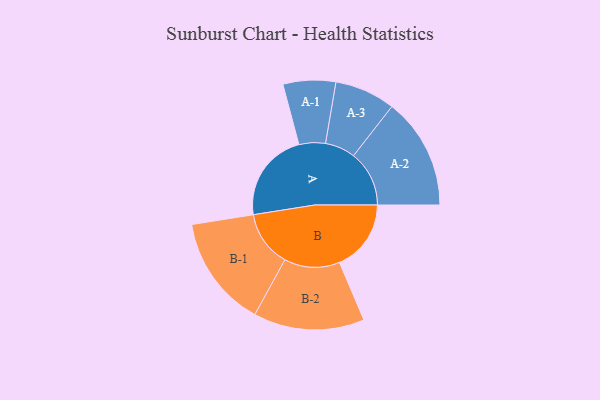
{"axis": {"x": "Segment", "y": "Value"}, "legend": ["", "A", "B"], "data": [{"x": "A", "y": 383, "type": ""}, {"x": "B", "y": 305, "type": ""}, {"x": "A-1", "y": 112, "type": "A"}, {"x": "A-2", "y": 237, "type": "A"}, {"x": "A-3", "y": 129, "type": "A"}, {"x": "B-1", "y": 238, "type": "B"}, {"x": "B-2", "y": 236, "type": "B"}]}